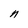
Character: n